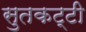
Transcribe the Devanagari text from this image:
सुतकट्टी